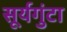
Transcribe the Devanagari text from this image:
सूर्यगुंटा